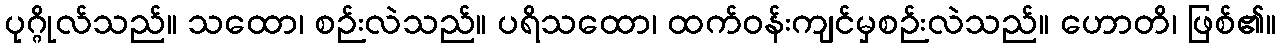
ပုဂ္ဂိုလ်သည်။ သထော၊ စဉ်းလဲသည်။ ပရိသထော၊ ထက်ဝန်းကျင်မှစဉ်းလဲသည်။ ဟောတိ၊ ဖြစ်၏။